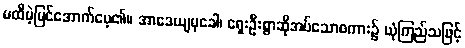
မထီမဲ့မြင်အောက်မေ့၏။ အာဒေယျမုခေါ၊ ရှေးဦးစွာဆိုအပ်သောစကား၌ ယုံကြည်သဖြင့်